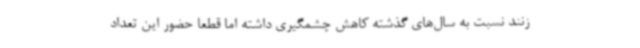
زنند نسبت به سال‌های گذشته کاهش چشمگیری داشته اما قطعاً حضور این تعداد